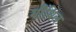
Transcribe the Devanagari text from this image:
मीथिल